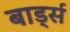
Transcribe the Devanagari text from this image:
बार्ड्स